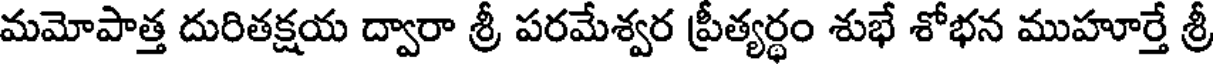
మమోపాత్త దురితక్షయ ద్వారా శ్రీ పరమేశ్వర ప్రీత్యర్థం శుభే శోభన ముహూర్తే శ్రీ